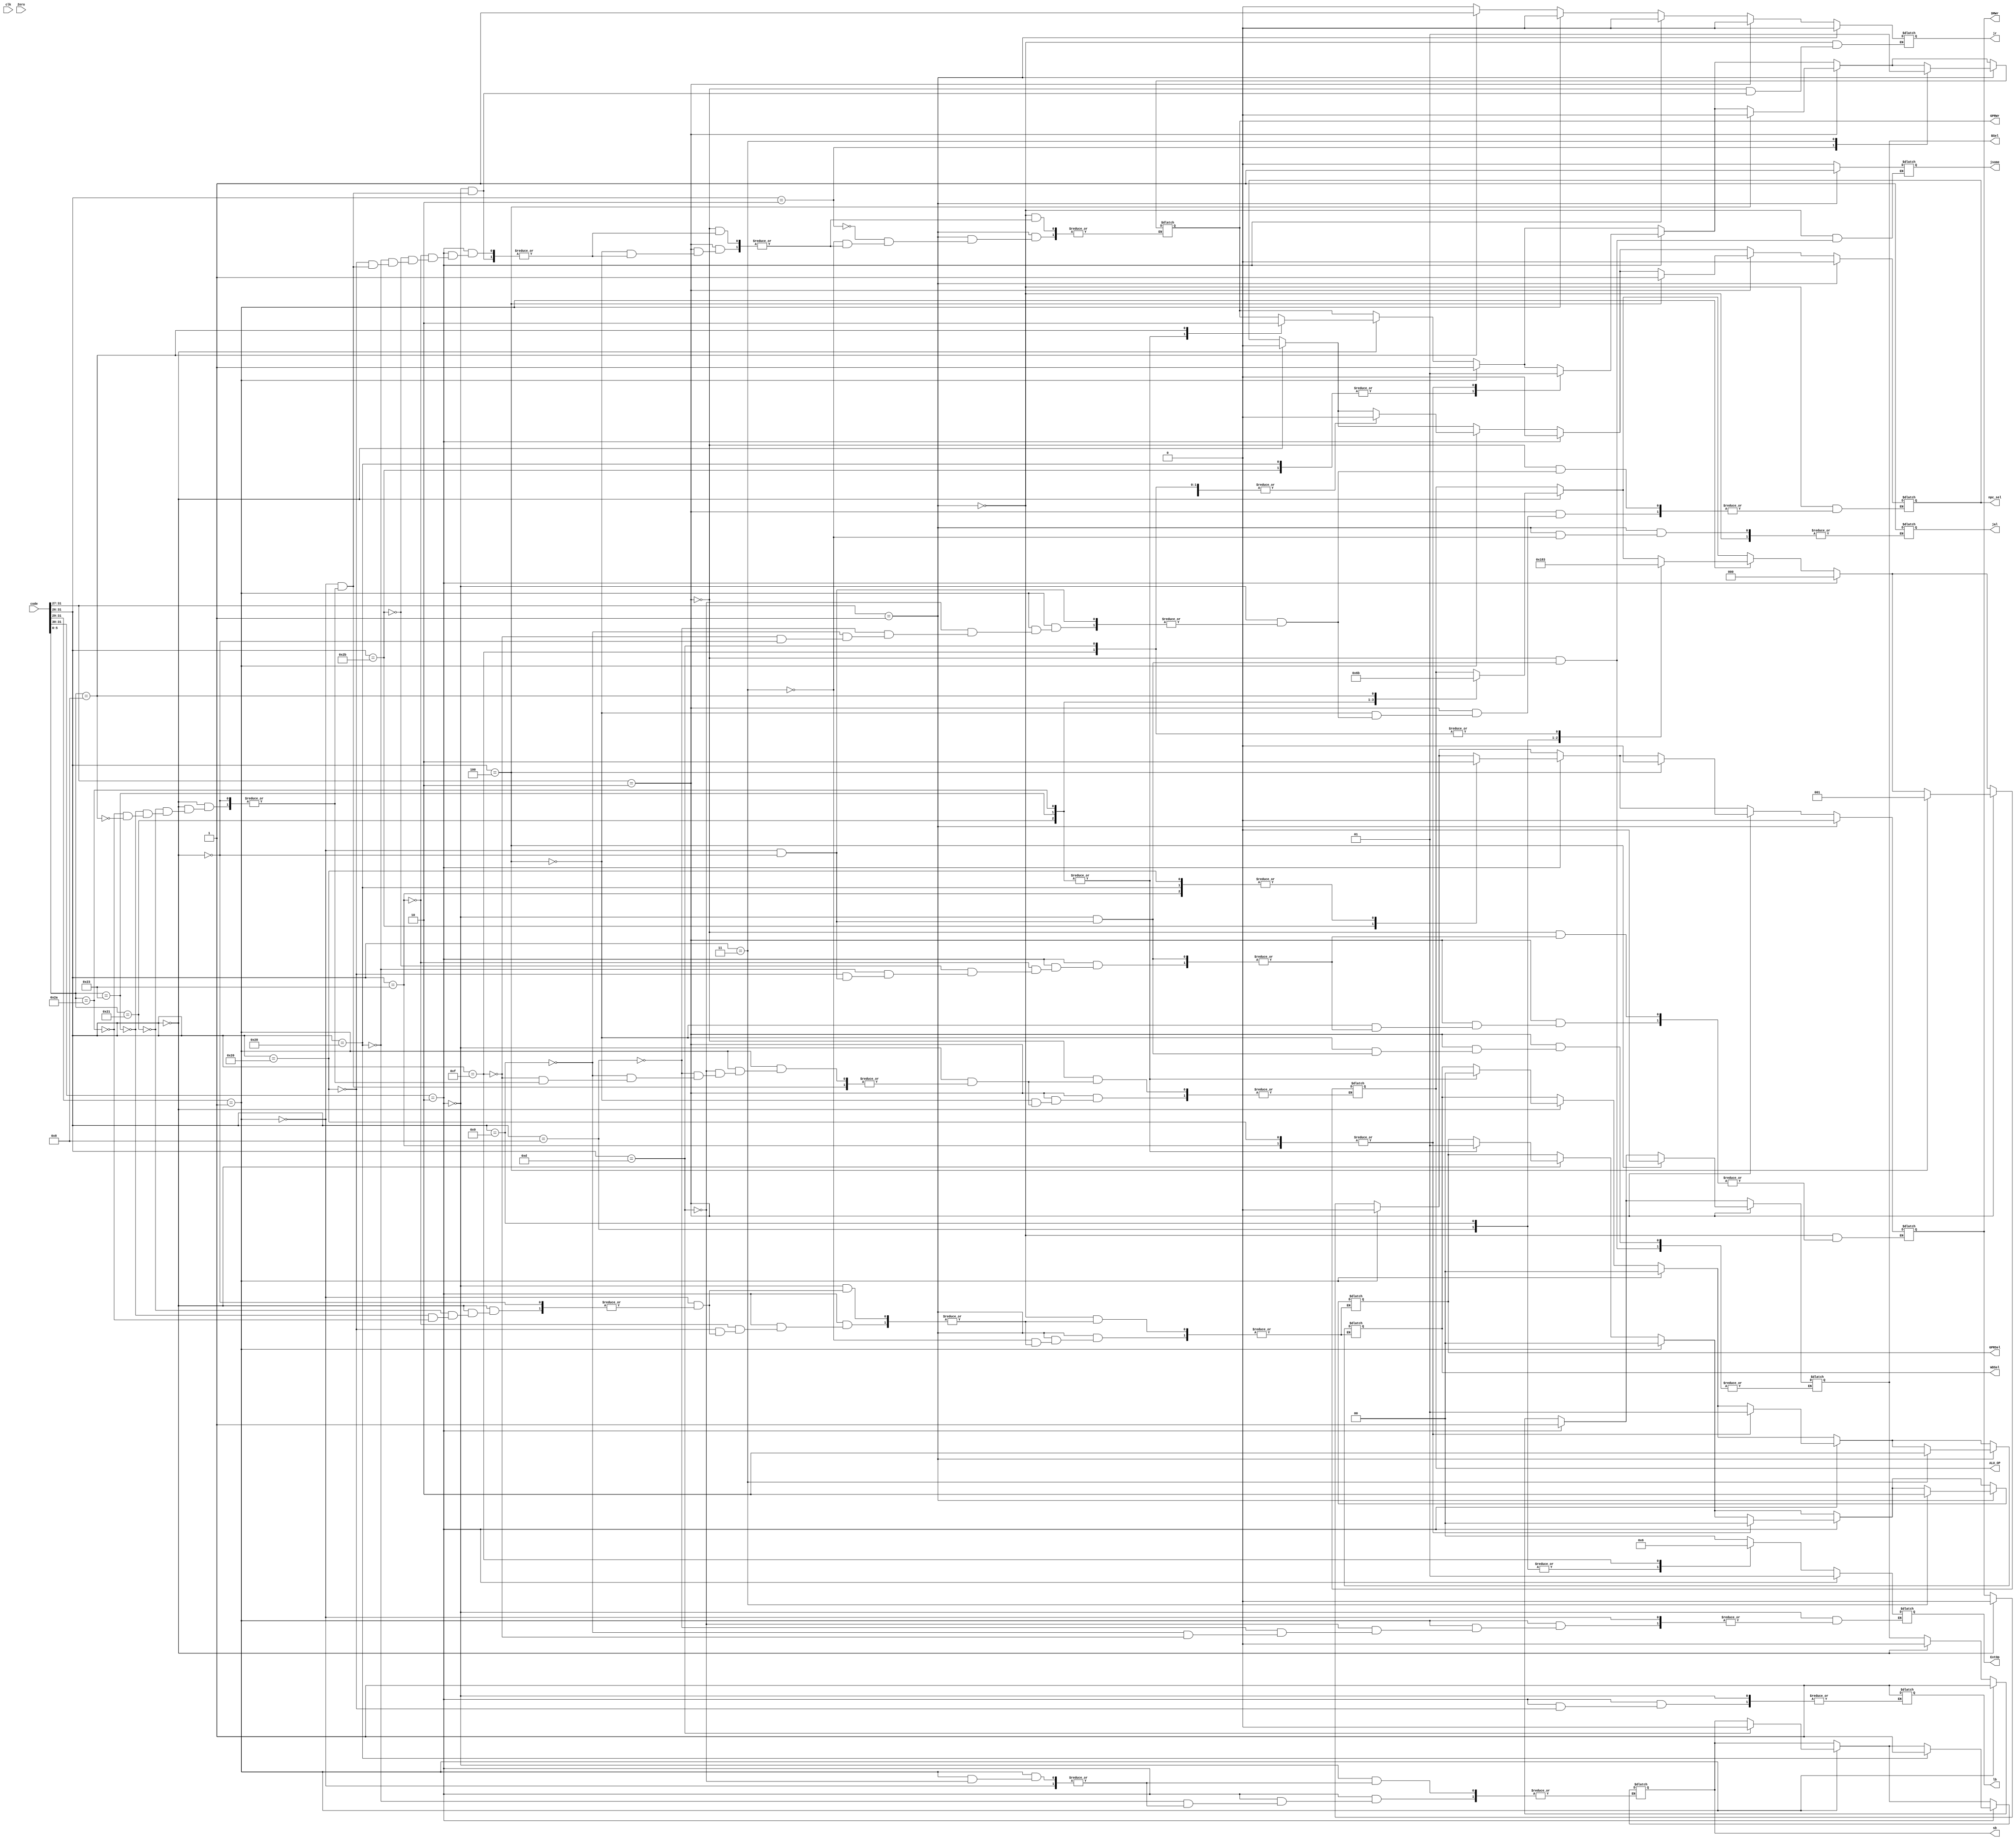
module contro(clk,code,Zero,ALU_OP,WDSel,GPRSel,ExtOp,GPRWr,BSel,DMWr,jsome,npc_sel,jr,jal,sb,lb);
  
input clk;
input [31:0] code;
input Zero;
output reg [2:0] ALU_OP;
output reg GPRWr,BSel,DMWr,jsome,jr,npc_sel,jal,sb,lb;    //jsome is about j/jal decite and so on,   npc_sel is for beq 
//output reg IrWr;
output reg [1:0] WDSel,GPRSel,ExtOp;
reg [4:0] r0,r1,r2;
reg [15:0] imm;
reg [25:0] address;

always@(*)
begin
 if(code[31:26]==6'b000000) //?????R?
    begin
      r0=code[25:21];       //rs
      r1=code[20:16];       //rt
      r2=code[15:11];       //rd
      
      DMWr=1'b0;
      jsome=1'b0;
      npc_sel=1'b0;
      BSel=1'b0;
      case(code[5:0])   
         6'b100001:begin ALU_OP=3'B000; GPRSel=2'b01; WDSel=2'b00;GPRWr=1'b1;jr=1'b0;end    //addu
         6'b100011:begin ALU_OP=3'B001; GPRSel=2'b01; WDSel=2'b00;GPRWr=1'b1;jr=1'b0;end    //subu
         6'b101010:begin ALU_OP=3'B101; GPRSel=2'b01; WDSel=2'b00;GPRWr=1'b1;jr=1'b0;end    //slt
         6'b001000:begin ALU_OP=3'B011; jr=1'b1;GPRWr=1'b0;end                              //jr
         
        endcase
     end
     
     
     
  if(code[31:29]==3'b001)         //I? return GPR
    begin
      imm=code[15:0];
      
      r0=code[25:21];       //rs
      r1=code[20:16];       //rt
      
      DMWr=1'b0;
      GPRSel=2'b00;
      GPRWr=1'b1;
      WDSel=2'b00;
      BSel=1'b1;
      jr=1'b0;
      jsome=1'b0;
      case(code[31:26])
      6'b001101: begin ALU_OP=3'B011;ExtOp=2'b00;npc_sel=0;WDSel=2'b00;sb=0;end      //ori
      6'b001000: begin ALU_OP=3'B110;ExtOp=2'b01;npc_sel=0;WDSel=2'b00;end      //addi
      6'b001001: begin ALU_OP=3'B000;ExtOp=2'b01;npc_sel=0;WDSel=2'b00;end      //addiu
      6'b001111: begin ALU_OP=3'B011;ExtOp=2'b10;npc_sel=0;WDSel=2'b00;end      //lui
      endcase
    end
    
    

  if(code[31:30]==2'b10)     //??I???/????
    begin
      imm=code[15:0];
      
      r0=code[25:21];       //rs
      r1=code[20:16];       //rt
      
      BSel=1'b1;
      jr=1'b0;
      jsome=1'b0;
      ALU_OP=3'b000;
      ExtOp=2'b01;
      npc_sel=0;
      
      case(code[31:26])
      6'b100011: begin GPRWr=1;GPRSel=2'b00;WDSel=2'b01;DMWr=1'b0;end   //lw
      6'b101011: begin GPRWr=0;DMWr=1'b1;end    //sw
      6'b101000: begin GPRWr=0;sb=1;DMWr=0;end      //sb
      6'b100000: begin GPRWr=1;lb=1'b1;GPRSel=2'b00;WDSel=2'b01;DMWr=1'b0;end //lb
      endcase
    end


  if(code[31:27]==5'b00010)             //I?????
    begin
      imm=code[15:0];
      r0=code[25:21];       //rs
      r1=code[20:16];       //rt
      
      jr=1'b0;
      jsome=1'b0;
     case(code[31:26])
       
     6'b000100:begin ALU_OP=3'b001;GPRWr=1'b0;npc_sel=1'b1;DMWr=1'b0;BSel=1'b0; end         //beq
     
     endcase
     end
     
     
  if(code[31:27]==5'b00001)
    begin
     address=code[25:0];
     
     jsome=1'b1;
   
     DMWr=1'b0;
     npc_sel=1'b0;
     jr=1'b0;
     
    case(code[31:26])
     6'b000010:begin GPRWr=1'b0; end   //j
     6'b000011:begin jal=1'b1;GPRWr=1'b1;GPRSel=2'b10; WDSel=2'b10;end    //jal
    endcase
    end 
     
end
endmodule